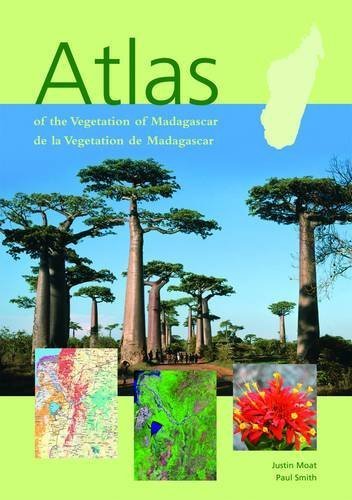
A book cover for Atlas of the Vegetation of Madagascar by Moat, Justin, Smith, Paul (2007) Hardcover; Justin, Smith, Paul Moat; Travel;